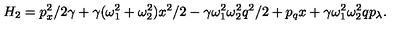
H _ { 2 } = p _ { x } ^ { 2 } / 2 \gamma + \gamma ( \omega _ { 1 } ^ { 2 } + \omega _ { 2 } ^ { 2 } ) x ^ { 2 } / 2 - \gamma \omega _ { 1 } ^ { 2 } \omega _ { 2 } ^ { 2 } q ^ { 2 } / 2 + p _ { q } x + \gamma \omega _ { 1 } ^ { 2 } \omega _ { 2 } ^ { 2 } q p _ { \lambda } .